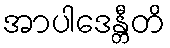
အာပါဒေန္တီတိ